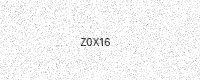
Text: Z0X16